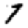
Digit: 7